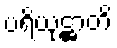
ပရိယုဋ္ဌာတိ